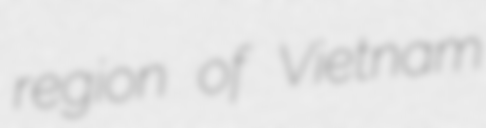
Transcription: region of Vietnam